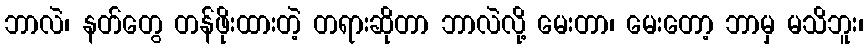
ဘာလဲ၊ နတ်တွေ တန်ဖိုးထားတဲ့ တရားဆိုတာ ဘာလဲလို့ မေးတာ၊ မေးတော့ ဘာမှ မသိဘူး၊